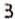
3